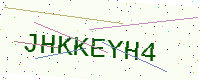
Text: JHKKEYH4